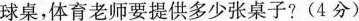
球桌，体育老师要提供多少张桌子?(4分)